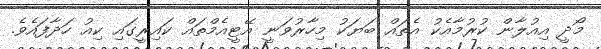
މޯދީ އިއުލާން ކުރުމާއެކު އެތައް ބަޔަކު މިހާރުވަނީ އޭޓީއެމްތައް ކައިރީގައި ކިއު ހަދާފައެވެ.